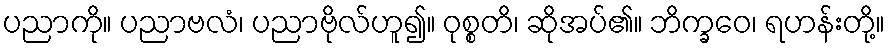
ပညာကို။ ပညာဗလံ၊ ပညာဗိုလ်ဟူ၍။ ဝုစ္စတိ၊ ဆိုအပ်၏။ ဘိက္ခဝေ၊ ရဟန်းတို့။